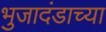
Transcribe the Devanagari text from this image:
भुजादंडाच्या